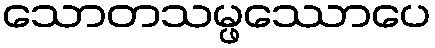
သောတသမ္ဖဿောပေ